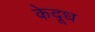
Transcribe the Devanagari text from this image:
केदूध